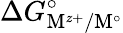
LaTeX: \Delta G_{\mathrm{M}^{z+}/\mathrm{M}^{\circ}}^{\circ}